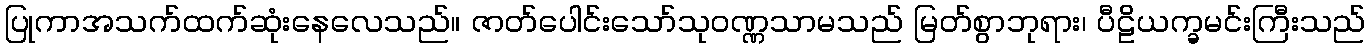
ပြုကာအသက်ထက်ဆုံးနေလေသည်။ ဇာတ်ပေါင်းသော်သုဝဏ္ဏသာမသည် မြတ်စွာဘုရား၊ ပီဠိယက္ခမင်းကြီးသည်